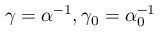
\gamma = \alpha ^ { - 1 } , \gamma _ { 0 } = \alpha _ { 0 } ^ { - 1 }